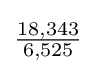
{\tfrac {18,343}{6,525}}